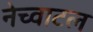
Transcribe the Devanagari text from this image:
नेच्वाटल